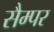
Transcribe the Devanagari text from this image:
सैम्पर